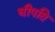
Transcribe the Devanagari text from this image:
धीपति